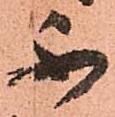
不